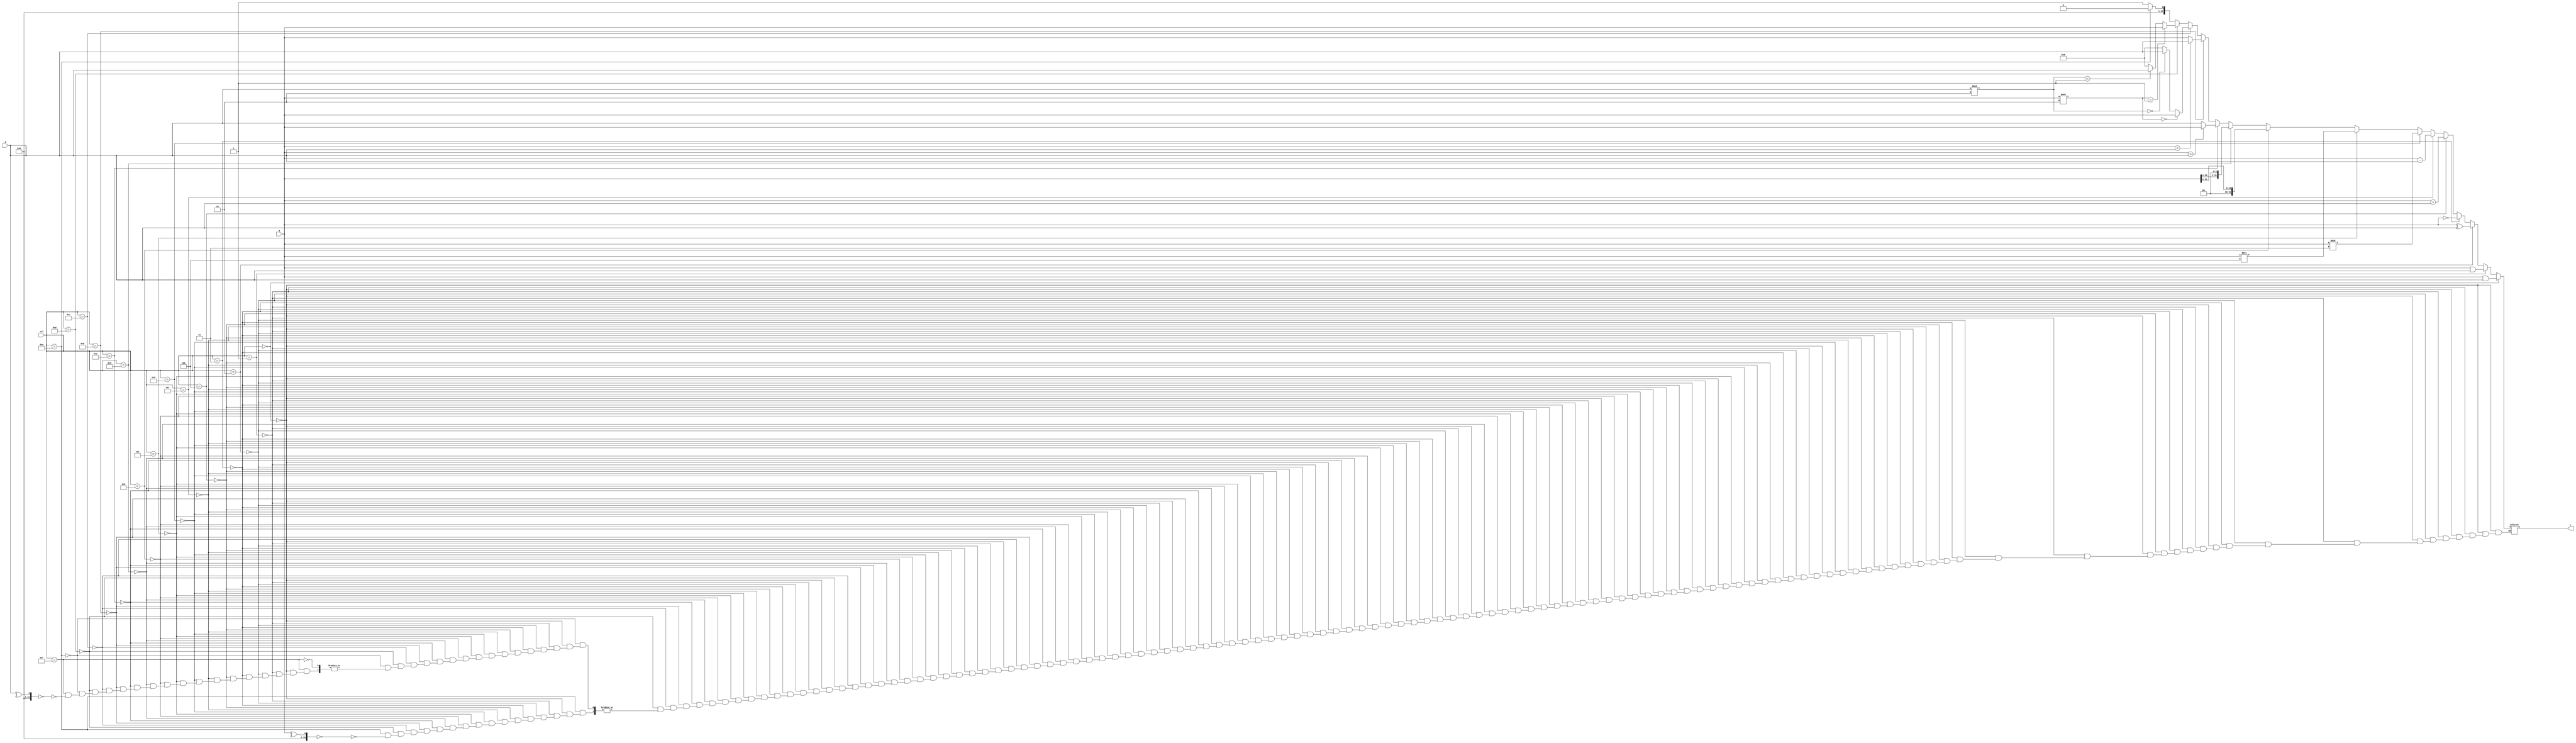
`timescale 1ns / 1ps
//////////////////////////////////////////////////////////////////////////////////
// Company: IIITD&M Kancheepuram
// 
// Design Name: 
// Module Name:    alu 
// Project Name: 
// Target Devices: 
// Tool versions: 
// Description: 
//
// Dependencies: 
//
// Revision: 
// Revision 0.01 - File Created
// Additional Comments: 
//
//////////////////////////////////////////////////////////////////////////////////
module alu(a,b,sel,c);
 input[31:0] a,b;
 input[3:0] sel;
 output[31:0] c;
  reg [31:0]c;
 
always@(*)
begin
if(sel==4'b0000)
c=a&b;
else if(sel==4'b0001)
c=a|b;
else if(sel==4'b0010)
c=a^b;
else if(sel==4'b0011)
c=~a;
else if(sel==4'b0100)
c=a+b;
else if(sel==4'b0101)
c=a-b;
else if(sel==4'b0110)
c=a%3;
else if(sel==4'b0111)
c=a/4;

else if(sel==4'b1000)
c=a>>2;
else if(sel==4'b1001)
c=a<<2;
else if(sel==4'b1010)
begin
if(a>b)
c=a;
else
c=b;
end
else if(sel==4'b1011)
begin
if(a<b)
c=b;
else
c=a;
end
else if(sel==4'b1100)
begin
if(a%2==0)
c=a;
else if(b%2==0)
c=b;
else
c=0;
end
else if(sel==4'b1101)
begin
if(a%2==1)
c=a;
else if(b%2==1)
c=b;
else
c=0;
end
else if(sel==4'b1110)
begin
if(^a==0)
c=1'b0;
end
else if(sel==4'b1111)
begin
if(^b==0)
c=1'b1;
end


end
endmodule